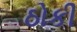
ઠોકી